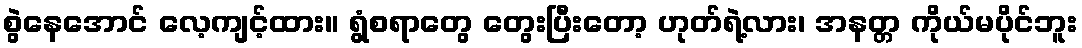
စွဲနေအောင် လေ့ကျင့်ထား။ ရွံစရာတွေ တွေးပြီးတော့ ဟုတ်ရဲ့လား၊ အနတ္တ ကိုယ်မပိုင်ဘူး